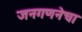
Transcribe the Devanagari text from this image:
जनगणनेचा